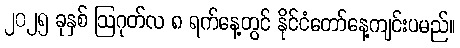
၂၀၂၅ ခုနှစ် ဩဂုတ်လ ၈ ရက်နေ့တွင် နိုင်ငံတော်နေ့ကျင်းပမည်။